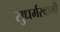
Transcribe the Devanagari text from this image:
सुधर्मस्वामी